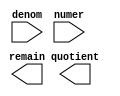
module ALU_DEVIDE (
	denom,
	numer,
	quotient,
	remain);

	input	[31:0]  denom;
	input	[31:0]  numer;
	output	[31:0]  quotient;
	output	[31:0]  remain;

endmodule